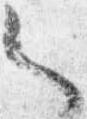
々